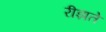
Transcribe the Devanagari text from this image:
रीझते